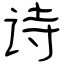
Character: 诗